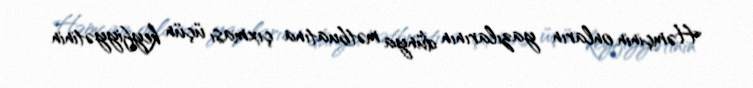
Həmçinin onların yazılarının dünya mətbuatına çıxması üçün keyfiyyətinin